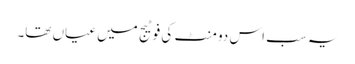
یہ سب اس دو منٹ کی فوٹیج میں عیاں تھا۔